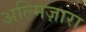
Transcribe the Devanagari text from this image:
अल्मिज़ारा